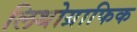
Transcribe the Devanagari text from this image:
लिथोग्राफिक